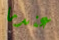
عندما